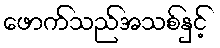
ဖောက်သည်အသစ်နှင့်